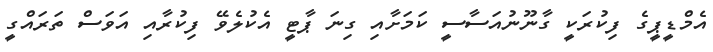
އެމްޑީޕީގެ ފިކުރަކީ ގާނޫނުއަސާސީ ކަމަށާއި ގިނަ ޕާޓީ އެކުލެވޭ ފިކުރާއި އަވަސް ތަރައްގީ